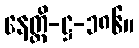
နေတ္ထိ-ဋ္ဌ-၁၈၆။